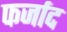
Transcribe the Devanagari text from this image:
फर्जाद